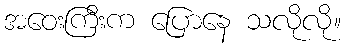
အဝေးကြီးက ပြောနေ သလိုလို။